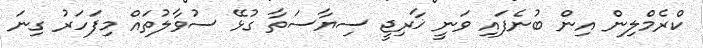
ކްރެމްލިން އިން ބުނެފައި ވަނީ ޚާރިޖީ ސިޔާސަތާ ގުޅޭ ސުވާލުތައް މިފަހަރު ގިނަ